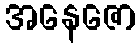
အနေဇော